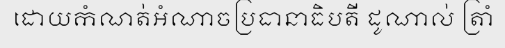
ដោយកំណត់អំណាចប្រធានាធិបតី ដូណាល់ ត្រាំ